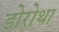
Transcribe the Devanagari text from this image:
डोरोथा